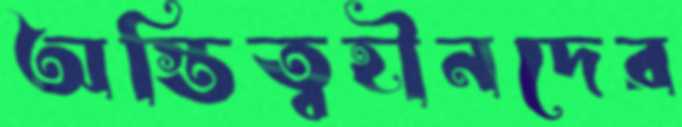
অস্তিত্বহীনদের